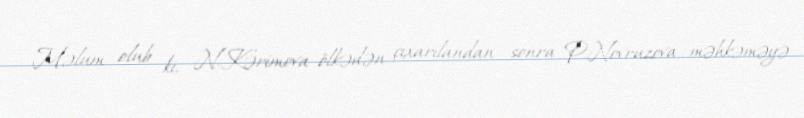
Məlum olub ki, N.Kərimova ölkədən çıxarılandan sonra P.Novruzova məhkəməyə